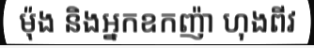
ម៉ុង និងអ្នកឧកញ៉ា ហុងពីវ